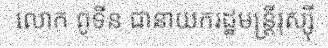
លោក ពូទីន ជានាយករដ្ឋមន្ត្រីរុស្ស៊ី